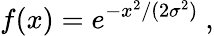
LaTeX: f(x)=e^{-x^{2}/(2\sigma^{2})}\ ,